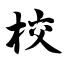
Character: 校